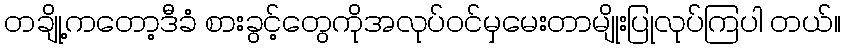
တချို့ကတော့ဒီခံ စားခွင့်တွေကိုအလုပ်ဝင်မှမေးတာမျိုးပြုလုပ်ကြပါ တယ်။